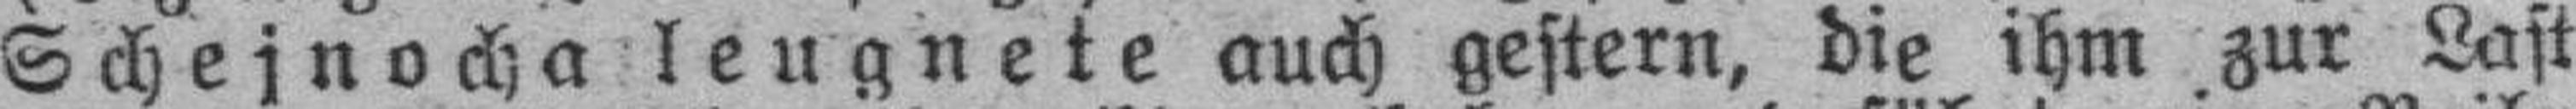
Schejnocha leugnete auch gestern, die ihm zur Last